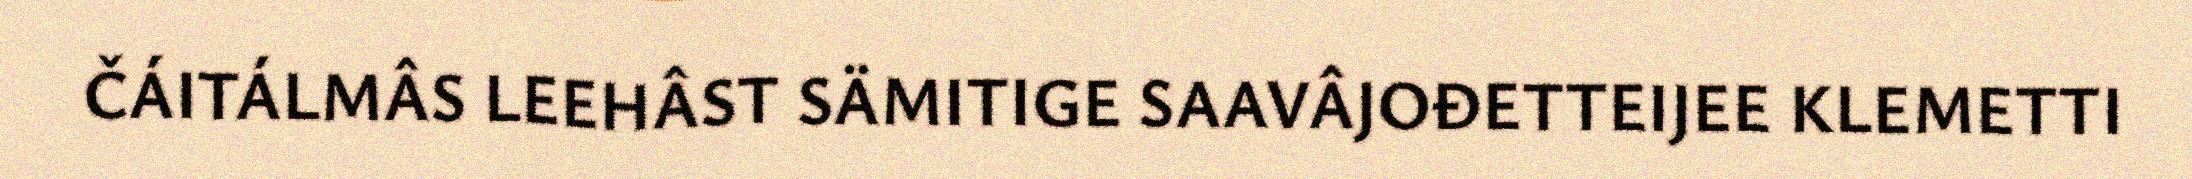
ČÁITÁLMÂS LEEHÂST SÄMITIGE SAAVÂJOĐETTEIJEE KLEMETTI